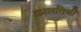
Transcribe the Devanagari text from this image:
कालतिथी